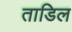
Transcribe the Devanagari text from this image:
ताडिल